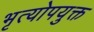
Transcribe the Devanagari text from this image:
भृत्योपयुक्त